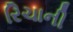
રિચાની